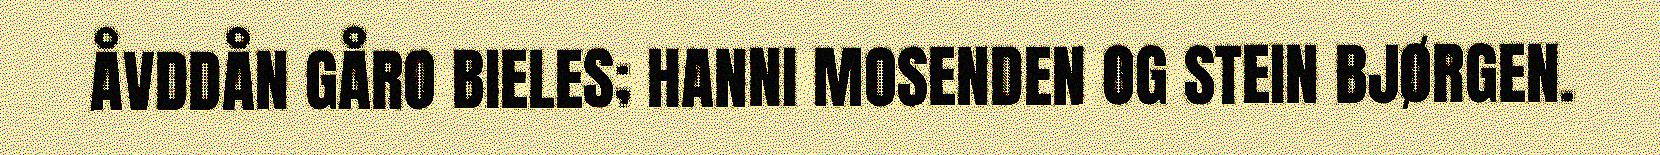
ÅVDDÅN GÅRO BIELES; HANNI MOSENDEN OG STEIN BJØRGEN.